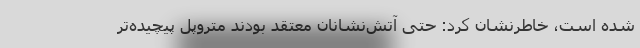
شده است، خاطرنشان کرد: حتی آتش‌نشانان معتقد بودند متروپل پیچیده‌تر